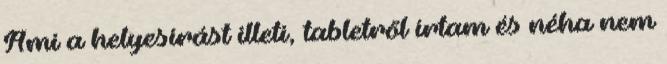
Ami a helyesírást illeti, tabletről írtam és néha nem